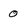
Character: 0